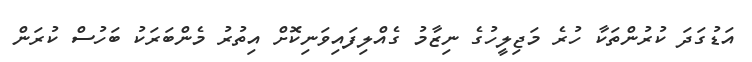
އަޑުގަދަ ކުރުންތަކާ ހުރެ މަޖިލީހުގެ ނިޒާމު ގެއްލިފައިވަނިކޮށް އިތުރު މެންބަރަކު ބަހުސް ކުރަން